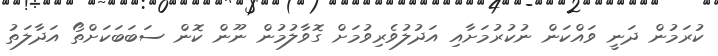
ކުރަމުން ދަނީ ވައްކަން ނުކުރުމަށާއި އަދުލުވެރިވުމަށް ގޮވާލުމުން ނޫން ކޮން ސަބަބަކަށްތޯ އަދާލަތު